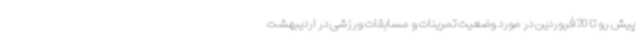
پیش رو تا 20 فروردین در مورد وضعیت تمرینات و مسابقات ورزشی در اردیبهشت